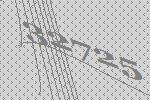
32725